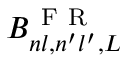
B _ { n l , n ^ { \prime } l ^ { \prime } , L } ^ { \mathrm { ~ F ~ R ~ } }